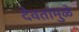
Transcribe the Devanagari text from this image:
देवतांमुळे